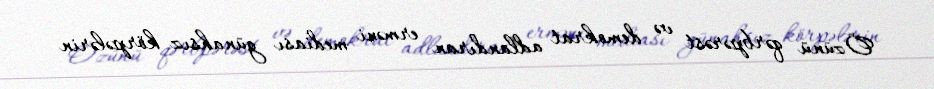
Özünü qərbpərəst və demokrat adlandıran erməni mediası günahsız körpələrin